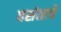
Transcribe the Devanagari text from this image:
वसंताचे